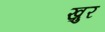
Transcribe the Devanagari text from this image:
ख़ुर